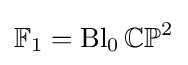
\mathbb {F} _{1}=\operatorname {Bl} _{0}\mathbb {CP} ^{2}